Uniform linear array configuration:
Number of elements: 64
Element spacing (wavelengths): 1
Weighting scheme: hamming
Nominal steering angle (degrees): -15
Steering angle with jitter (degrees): -14.798
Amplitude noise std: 0.05
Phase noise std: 0.05

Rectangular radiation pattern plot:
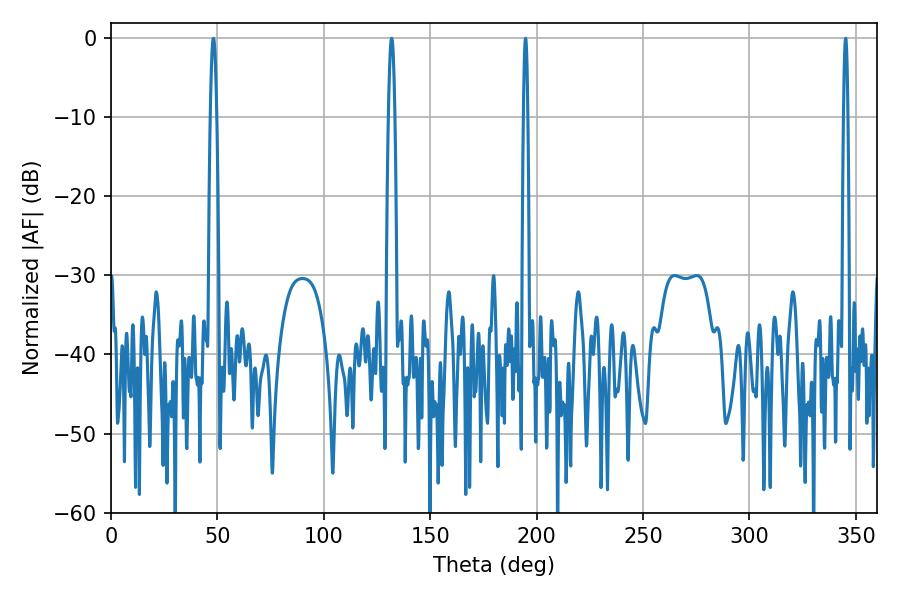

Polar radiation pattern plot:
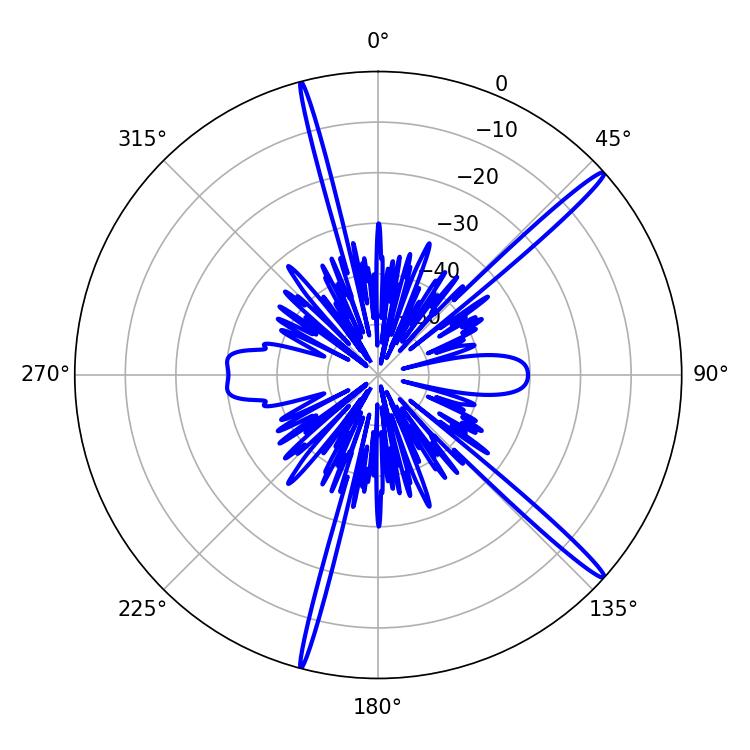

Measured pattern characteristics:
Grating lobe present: TRUE
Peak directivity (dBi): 17.362
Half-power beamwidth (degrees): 1.08
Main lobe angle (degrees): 194.76